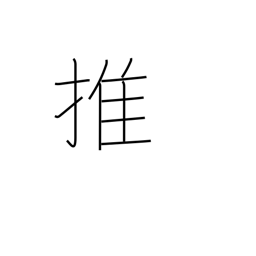
Meaning: support